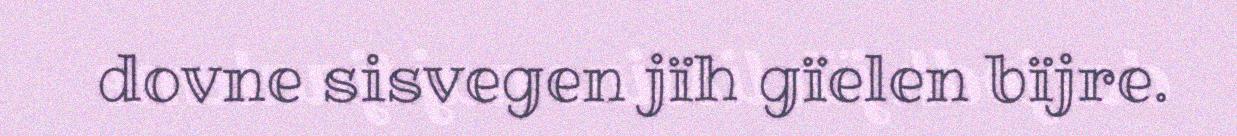
dovne sisvegen jïh gïelen bïjre.